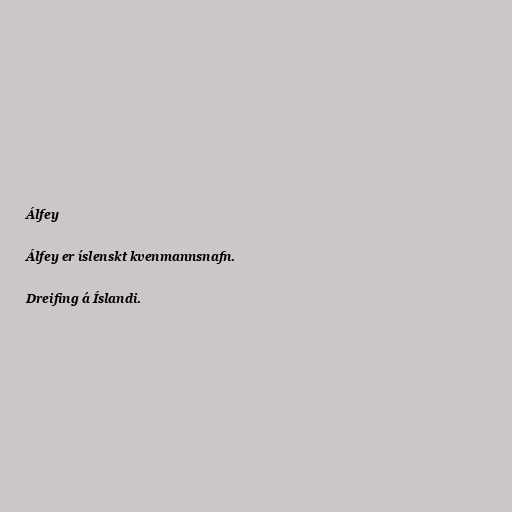
Álfey

Álfey er íslenskt kvenmannsnafn.

Dreifing á Íslandi.